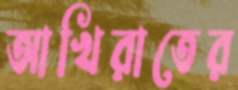
আখিরাতের